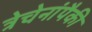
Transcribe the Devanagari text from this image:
त्रेचेनांपैकी